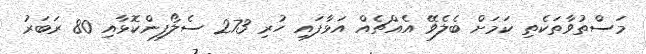
މަސްތުވާތަކެތި ކަމަށް ބެލެވޭ އެއްޗެއް އަޅާފައި ހުރި 273 ސެލޯފިންކޮޅާއި 80 ރަބަރު